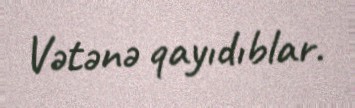
Vətənə qayıdıblar.